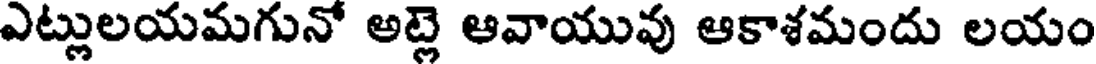
ఎట్లులయమగునో అట్లె ఆవాయువు ఆకాశమందు లయం